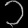
Digit: ၁